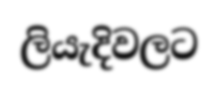
ලියැදිවලට